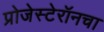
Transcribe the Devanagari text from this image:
प्रोजेस्टेरॉनचा